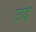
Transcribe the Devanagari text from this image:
उछ